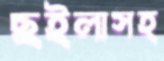
ছইলাসহ